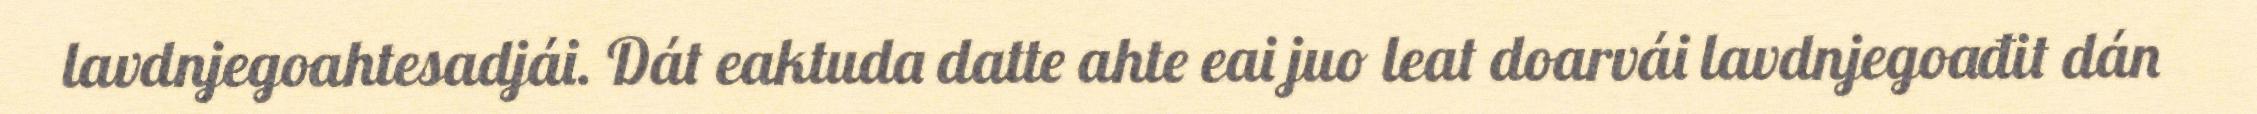
lavdnjegoahtesadjái. Dát eaktuda datte ahte eai juo leat doarvái lavdnjegoađit dán